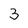
Character: 3